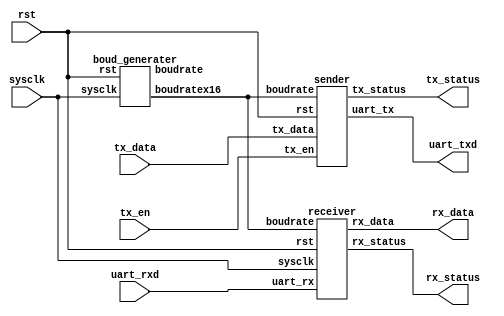
module uart(sysclk, rst, uart_rxd, uart_txd, rx_data, tx_data, rx_status, tx_status, tx_en);

input sysclk, rst, uart_rxd, tx_en;
input  [7:0] tx_data;
output [7:0] rx_data;
output uart_txd, rx_status, tx_status;

wire boudratex16;

// rx_status 
// tx_status 10
// tx_en 

receiver rsv(uart_rxd, rx_data, rx_status, boudratex16, rst, sysclk);
boud_generater bg(sysclk, rst, boudrate, boudratex16);
sender sd(uart_txd, tx_en, tx_status, tx_data, boudratex16, rst);

endmodule


module receiver (uart_rx, rx_data, rx_status, boudrate, rst, sysclk);

input        uart_rx;
input        boudrate;
input        rst;
input        sysclk;
output reg [7:0] rx_data;
output       rx_status;

reg          rx_status;
reg    [7:0] rx_data_temp;
reg    [7:0] sig_count;
reg          count_en;
reg          catch;
reg    [3:0] bitnum;
reg          nepulse;

always @(posedge boudrate or negedge rst) begin
	if (~rst) begin
		// reset
		rx_data <= 0;
		sig_count <= 0;
		count_en <= 0;
		catch <= 0;
	end

	else if (sig_count == 0 & !uart_rx & !count_en) begin
		count_en <= 1;
	end

	else if (sig_count == 150 & uart_rx) begin
		count_en <= 0;
		sig_count <= 0;
		rx_data <= rx_data_temp;
	end

	else if (count_en) begin
		sig_count <= sig_count + 8'b00000001;
		if (sig_count % 16 == 8 & sig_count != 8) begin
			catch <= 1;
		end
		else begin
			catch <= 0;
		end
	end
end

always @(posedge catch or negedge rst) begin
	if (~rst) begin
		bitnum <= 0;
		rx_data_temp <= 0;
	end
	else begin
		rx_data_temp[bitnum] <= uart_rx;
		bitnum <= (bitnum + 1) % 8;
	end
end

always @(posedge sysclk or negedge rst) begin
	if (~rst) begin
		// reset
		nepulse <= 0;
		rx_status <= 0;
	end
	else if (!rx_status & count_en) begin
		nepulse <= 1;
	end
	else if (!rx_status & !count_en & nepulse) begin
		rx_status <= 1;
		nepulse <= 0;
	end
	else if (rx_status) begin
		rx_status <= 0;
	end
end
endmodule

module sender(uart_tx, tx_en, tx_status, tx_data, boudrate, rst);

input        tx_en;
input        boudrate;
input  [7:0] tx_data;
input        rst;
output       uart_tx;
output reg   tx_status;

wire   [9:0] tx_data_temp;
reg    [3:0] bitnum;
reg          uart_tx;
reg    [3:0] boudcount;

assign tx_data_temp = {1'b1, tx_data, 1'b0};

always @(posedge boudrate or negedge rst or posedge tx_en) begin
	if (~rst) begin
		bitnum <= 0;
		boudcount <= 0;
	end
	else if (tx_en) begin
		bitnum <= 1;
		boudcount <= 0;
	end
	else if (bitnum != 0 & !tx_status) begin
		if (boudcount == 0) begin
			bitnum <= (bitnum + 1) % 11;
		end
		boudcount <= (boudcount + 1) % 16 ;
	end
end

always @(tx_en or boudcount) begin
	if (tx_en) begin
		tx_status <= 0;
	end
	else if (bitnum == 0 ) begin 
		tx_status <= 1; 
	end
end

always @(bitnum) begin
	if (bitnum != 0 & bitnum != 1) begin
		uart_tx <= tx_data_temp[bitnum - 2];
	end
	else begin
		uart_tx <= 1;
	end
end
endmodule

module boud_generater (sysclk, rst, boudrate, boudratex16);

input sysclk, rst;
output boudrate, boudratex16;

divider #(5208) div(sysclk, rst, boudrate);
divider #(326) div16(sysclk, rst, boudratex16);

endmodule

module divider(clk, rst, sigout);
input clk;
input rst;
output reg sigout;
reg [26: 0] count;

parameter t = 27'd50000000;

initial begin
  count <= 27'd0;
  sigout <= 1'b1;
end

always @(posedge clk or negedge rst) begin
  if (~rst) begin
    // reset
    count <= 27'd0;
    sigout <= 1'b1;
  end
  else begin
    if (count == t - 27'd2) begin
      count <= 27'd0;
      sigout <= ~sigout;
    end
    else begin
      count <= count + 27'd2;
    end
  end
end

endmodule